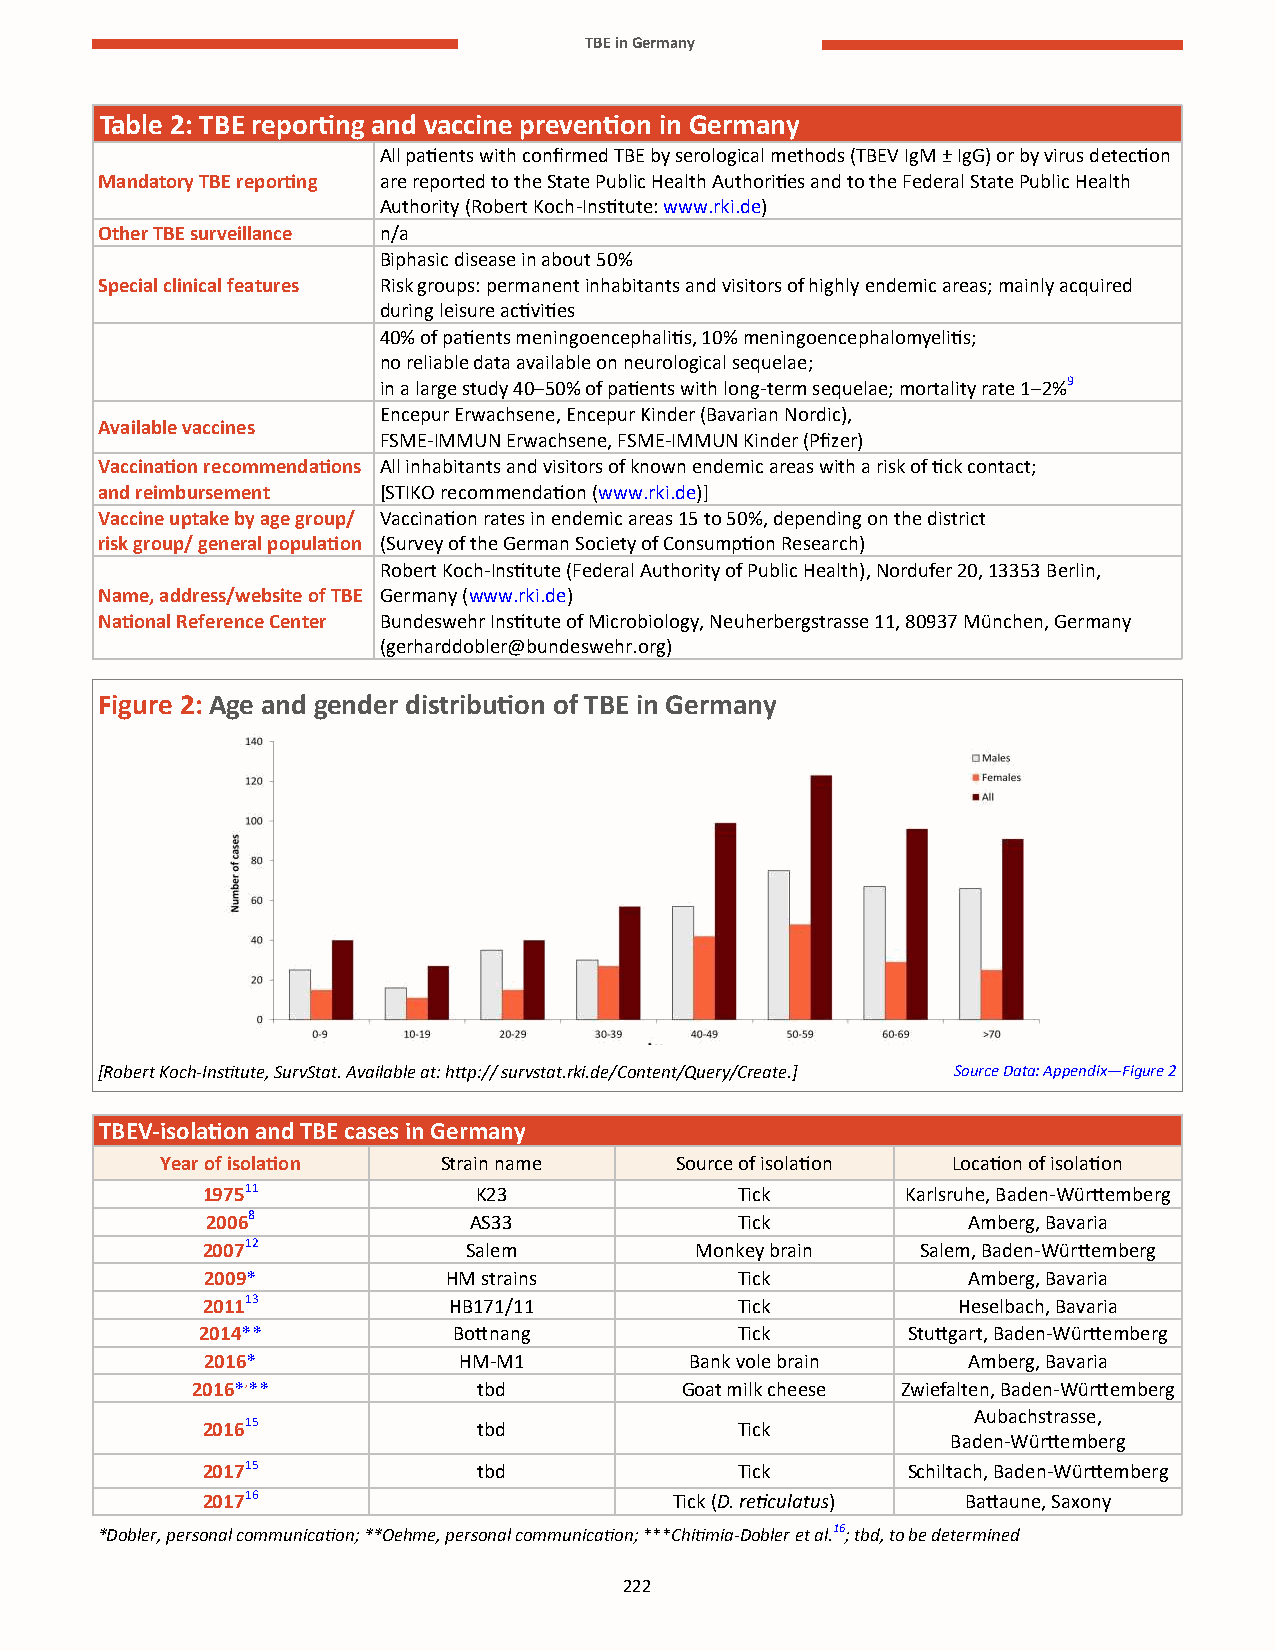
TBE in Germany
 Table 2: TBE reporting and vaccine prevention in Germany
 All patients with confirmed TBE by serological methods (TBEV IgM ± IgG) or by virus detection
 Mandatory TBE reporting are reported to the State Public Health Authorities and to the Federal State Public Health
 Authority (Robert Koch-Institute: www.rki.de)
 Other TBE surveillance n/a
 Biphasic disease in about 50%
 Special clinical features Risk groups: permanent inhabitants and visitors of highly endemic areas; mainly acquired
 during leisure activities
 40% of patients meningoencephalitis, 10% meningoencephalomyelitis;
 no reliable data available on neurological sequelae;
 in a large study 40–50% of patients with long-term sequelae; mortality rate 1–2%9
 Encepur Erwachsene, Encepur Kinder (Bavarian Nordic),
 Available vaccines
 FSME-IMMUN Erwachsene, FSME-IMMUN Kinder (Pfizer)
 Vaccination recommendations All inhabitants and visitors of known endemic areas with a risk of tick contact;
 and reimbursement  [STIKO recommendation (www.rki.de)]
 Vaccine uptake by age group/ Vaccination rates in endemic areas 15 to 50%, depending on the district
 risk group/ general population (Survey of the German Society of Consumption Research)
 Robert Koch-Institute (Federal Authority of Public Health), Nordufer 20, 13353 Berlin,
 Name, address/website of TBE Germany (www.rki.de)
 National Reference Center Bundeswehr Institute of Microbiology, Neuherbergstrasse 11, 80937 München, Germany
 (gerharddobler@bundeswehr.org)
 Figure 2: Age and gender distribution of TBE in Germany
 [Robert Koch-Institute, SurvStat. Available at: http:// survstat.rki.de/Content/Query/Create.] Source Data: Appendix—Figure 2
 TBEV-isolation and TBE cases in Germany
 Year of isolation Strain name     Source of isolation Location of isolation
 197511            K23               Tick       Karlsruhe, Baden-Württemberg
 20068            AS33              Tick           Amberg, Bavaria
 200712            Salem          Monkey brain   Salem, Baden-Württemberg
 2009*           HM strains         Tick           Amberg, Bavaria
 201113           HB171/11           Tick          Heselbach, Bavaria
 2014**           Bottnang           Tick       Stuttgart, Baden-Württemberg
 2016*           HM-M1           Bank vole brain   Amberg, Bavaria
 2016*,**           tbd          Goat milk cheese Zwiefalten, Baden-Württemberg
 Aubachstrasse,
 201615             tbd              Tick
 Baden-Württemberg
 201715             tbd              Tick       Schiltach, Baden-Württemberg
 201716                          Tick (D. reticulatus) Battaune, Saxony
 *Dobler, personal communication; **Oehme, personal communication; ***Chitimia-Dobler et al.16; tbd, to be determined
 222